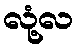
လုံ့လ